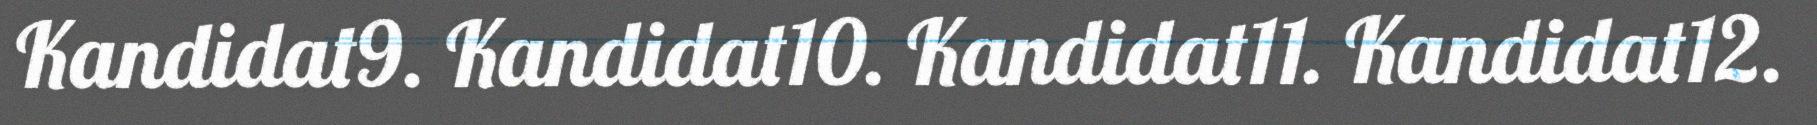
Kandidat9. Kandidat10. Kandidat11. Kandidat12.